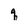
Character: q